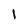
Character: I